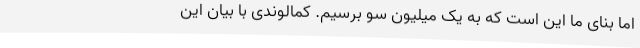
اما بنای ما این است که به یک میلیون سو برسیم. کمالوندی با بیان این